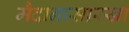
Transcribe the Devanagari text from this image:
मैदानासारखा